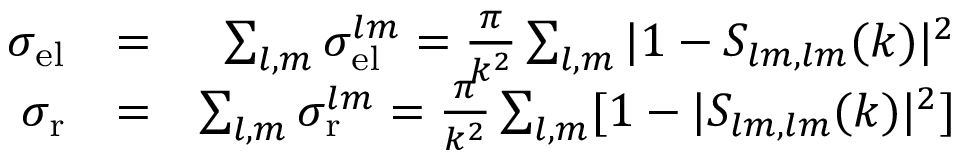
\begin{array} { r l r } { \sigma _ { \mathrm { e l } } } & { = } & { \sum _ { l , m } \sigma _ { \mathrm { e l } } ^ { l m } = \frac { \pi } { k ^ { 2 } } \sum _ { l , m } | 1 - S _ { l m , l m } ( k ) | ^ { 2 } } \\ { \sigma _ { \mathrm { r } } } & { = } & { \sum _ { l , m } \sigma _ { \mathrm { r } } ^ { l m } = \frac { \pi } { k ^ { 2 } } \sum _ { l , m } [ 1 - | S _ { l m , l m } ( k ) | ^ { 2 } ] } \end{array}